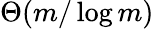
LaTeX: \Theta(m/\log m)